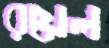
রয়েল